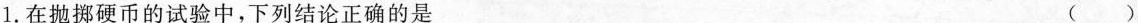
1. 在抛掷硬币的试验中，下列结论正确的是 ( )